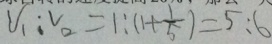
V _ { 1 } : V _ { 2 } = 1 : ( 1 + \frac { 1 } { 5 } ) = 5 : 6